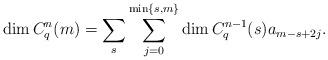
LaTeX: \begin{align*} \dim C_q^n(m) = \sum_s \sum_{j=0} ^{\min\{s,m\}} \dim C_q^{n-1}(s) a_{m-s+ 2j}.\end{align*}